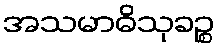
အသမာဓိသုခဉ္စ